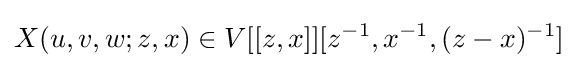
X(u,v,w;z,x)\in V[[z,x]][z^{-1},x^{-1},(z-x)^{-1}]